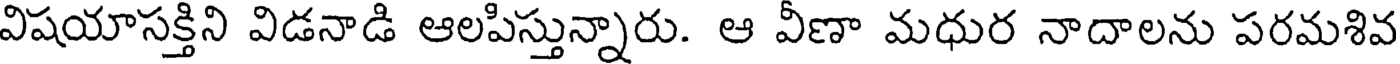
విషయాసక్తిని విడనాడి ఆలపిస్తున్నారు. ఆ వీణా మధుర నాదాలను పరమశివ